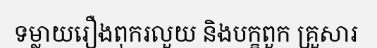
ទម្លាយរឿងពុករលួយ និងបក្ខពួក គ្រួសារ